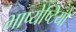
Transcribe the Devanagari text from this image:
भाष्येष्टियों